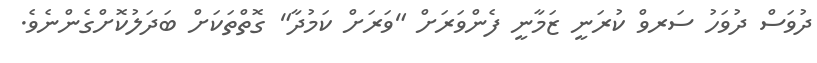
ދުވަސް ދުވަހު ސަރވް ކުރަނީ ޒަމާނީ ފެންވަރަށް "ވަރަށް ކަމުދާ" ގޮތްތަކަށް ބަދަލުކޮށްގެންނެވެ.